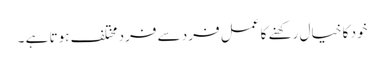
خود کا خیال رکھنے کا عمل فرد سے فرد مختلف ہوتا ہے ۔